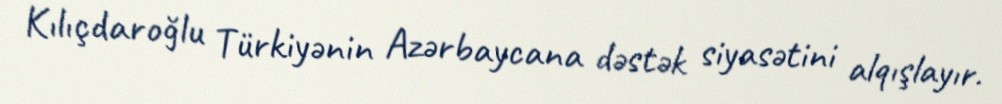
Kılıçdaroğlu Türkiyənin Azərbaycana dəstək siyasətini alqışlayır.